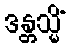
ဒန္တသ္မိံ